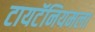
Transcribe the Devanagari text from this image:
टायटॅनियमला